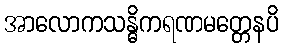
အာလောကသန္ဓိကရဏမတ္တေနပိ